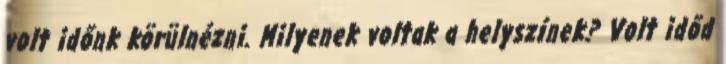
volt időnk körülnézni. Milyenek voltak a helyszínek? Volt időd